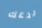
ندعك